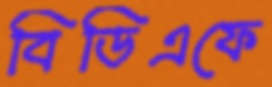
বিডিএফে